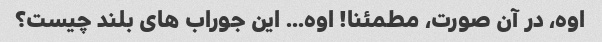
اوه، در آن صورت، مطمئنا! اوه... این جوراب های بلند چیست؟